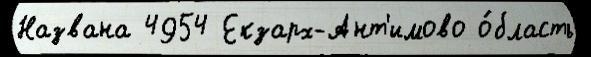
Названа 4954 Екзарх-Ант'имово о́бласть